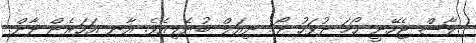
ލާޝް ޖެހޭނީ ހޯމަ ދުވަހު ދޯ.. ނިއަލް ބުނެލިއެވެ. އާނ އަހަރެން ދާން